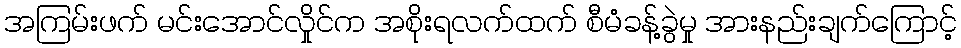
အကြမ်းဖက် မင်းအောင်လှိုင်က အစိုးရလက်ထက် စီမံခန့်ခွဲမှု အားနည်းချက်ကြောင့်